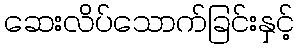
ဆေးလိပ်သောက်ခြင်းနှင့်